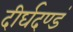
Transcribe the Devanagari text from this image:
दीर्घदण्डं